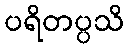
ပရိတပ္ပသိ